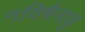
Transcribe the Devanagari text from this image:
नविषैनाडु